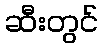
ဆီးတွင်